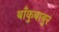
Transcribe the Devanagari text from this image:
बाँकुबाबुर